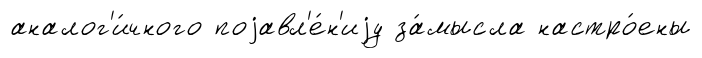
аналог'и́чного поjавл'е́н'иjу за́мысла настро́ены